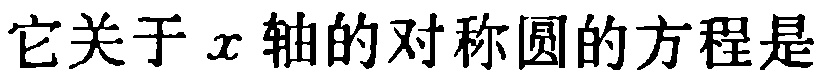
它关于\(x\)轴的对称圆的方程是